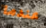
عندما